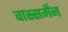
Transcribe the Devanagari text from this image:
वास्सर्मेंन